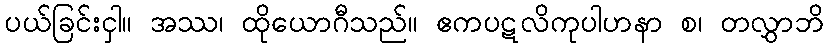
ပယ်ခြင်းငှါ။ အဿ၊ ထိုယောဂီသည်။ ဧကပဋလိကုပါဟနာ စ၊ တလွှာဘိ